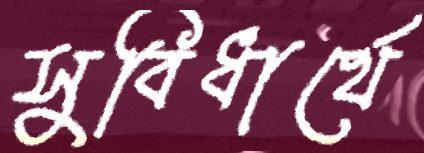
সুবিধার্থে